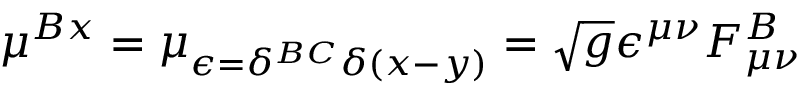
\mu ^ { B x } = \mu _ { \epsilon = \delta ^ { B C } \delta ( x - y ) } = \sqrt { g } \epsilon ^ { \mu \nu } F _ { \mu \nu } ^ { B }